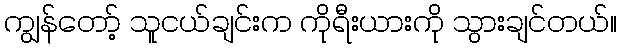
ကျွန်တော့် သူငယ်ချင်းက ကိုရီးယားကို သွားချင်တယ်။